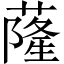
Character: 蕯